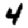
Digit: 4